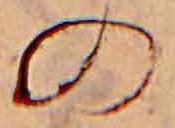
の